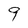
Character: 9